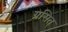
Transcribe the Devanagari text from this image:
ग्रसित्